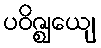
ပဝိဇ္ဈေယျ